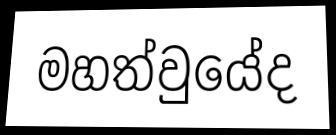
මහත්වුයේද